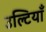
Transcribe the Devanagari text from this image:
उल्टियाँ